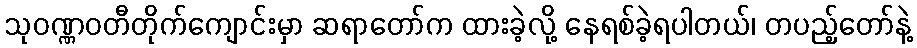
သုဝဏ္ဏဝတီတိုက်ကျောင်းမှာ ဆရာတော်က ထားခဲ့လို့ နေရစ်ခဲ့ရပါတယ်၊ တပည့်တော်နဲ့